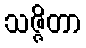
သဇ္ဇိတာ